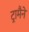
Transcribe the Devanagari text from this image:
ट्रामैने